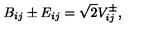
B _ { i j } \pm E _ { i j } = \sqrt { 2 } V _ { i j } ^ { \pm } ,